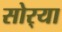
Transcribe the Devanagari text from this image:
सोर्‍या